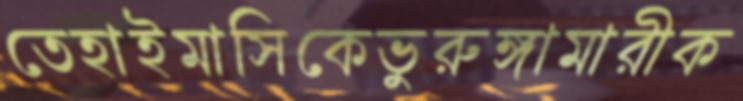
তেহাইমাসিকেভুরুঙ্গামারীক